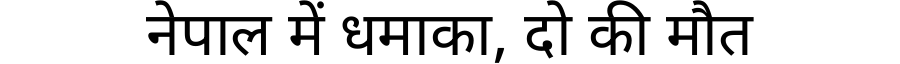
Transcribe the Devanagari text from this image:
नेपाल में धमाका, दो की मौत